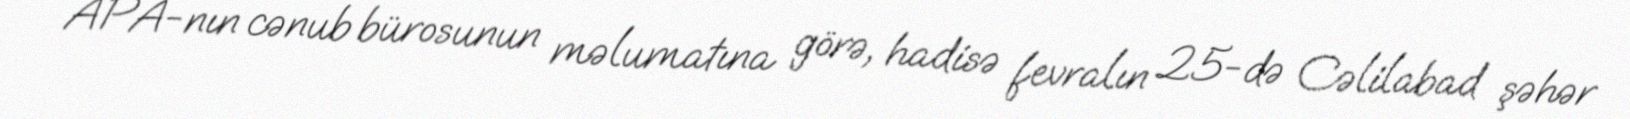
APA-nın cənub bürosunun məlumatına görə, hadisə fevralın 25-də Cəlilabad şəhər